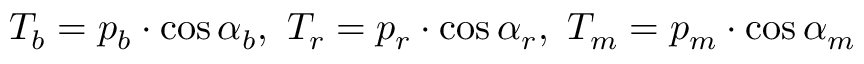
T _ { b } = p _ { b } \cdot \cos \alpha _ { b } , \ T _ { r } = p _ { r } \cdot \cos \alpha _ { r } , \ T _ { m } = p _ { m } \cdot \cos \alpha _ { m }